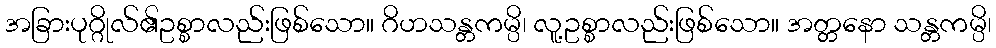
အခြားပုဂ္ဂိုလ်၏ဥစ္စာလည်းဖြစ်သော။ ဂိဟသန္တကမ္ပိ၊ လူ့ဥစ္စာလည်းဖြစ်သော။ အတ္တနော သန္တကမ္ပိ၊